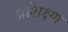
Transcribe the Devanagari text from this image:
प्रशिक्ष्ण